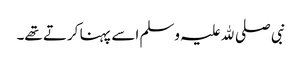
نبی صلی ﷲ علیہ وسلم اسے پہنا کرتے تھے۔